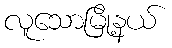
လူသောမြို့နယ်